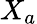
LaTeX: X_{a}